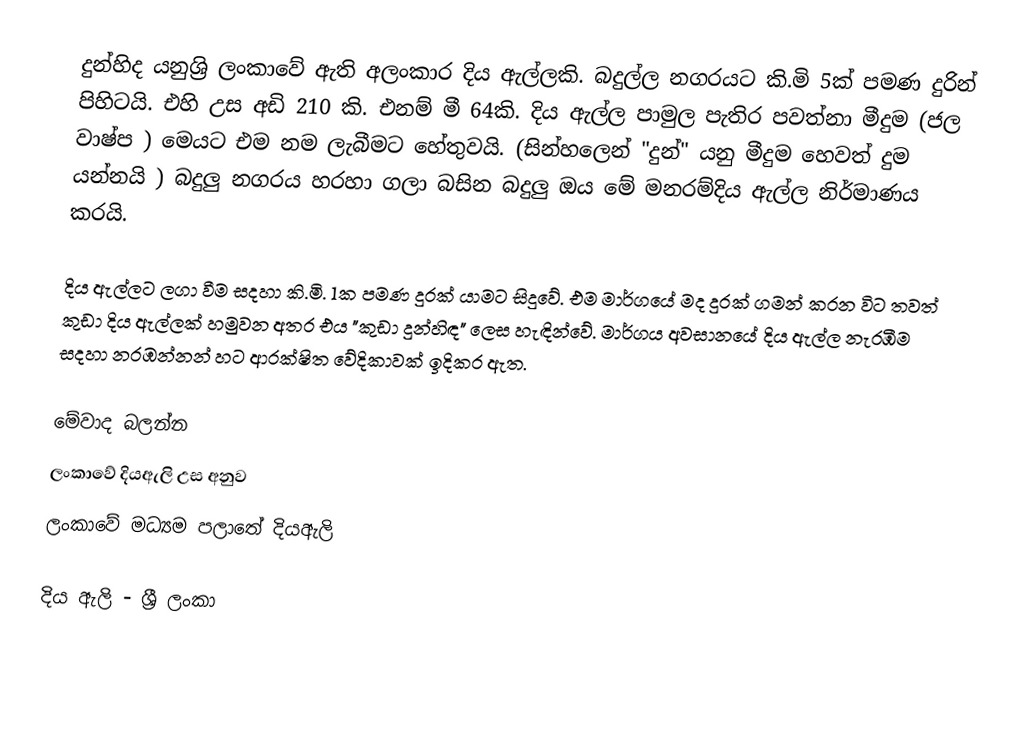
දුන්හිද යනුශ්‍රි ලංකාවේ  ඇති අලංකාර දිය ඇල්ලකි. බදුල්ල නගරයට කි.මි 5ක් පමණ දුරින් පිහිටයි. එහි උස අඩි 210 කි. එනම් මී 64කි. දිය ඇල්ල පාමුල පැතිර පවත්නා මීදුම (ජල වාෂ්ප ) මෙයට එම නම ලැබීමට හේතුවයි. (සින්හලෙන් "දුන්" යනු මීදුම හෙවත් දුම යන්නයි ) බදුලු නගරය හරහා ගලා බසින බදුලු ඔය මේ  මනරම්දිය ඇල්ල නිර්මාණය කරයි.

දිය ඇල්ලට ලගා වීම සදහා කි.මි. 1ක පමණ දුරක් යාමට සිදුවේ. එම මාර්ගයේ මද දුරක් ගමන් කරන විට තවත් කුඩා දිය ඇල්ලක් හමුවන අතර එය "කුඩා දුන්හිඳ" ලෙස හැඳින්වේ. මාර්ගය අවසානයේ දිය ඇල්ල නැරඹීම සදහා නරඹන්නන් හට ආරක්ෂිත වේදිකාවක් ඉදිකර ඇත.

මේවාද බලන්න
 ලංකාවේ දියඇලි උස අනුව
 ලංකාවේ මධ්‍යම පලාතේ දියඇලි

දිය ඇලි - ශ්‍රී ලංකා